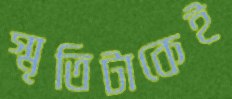
স্মৃতিটাকেই